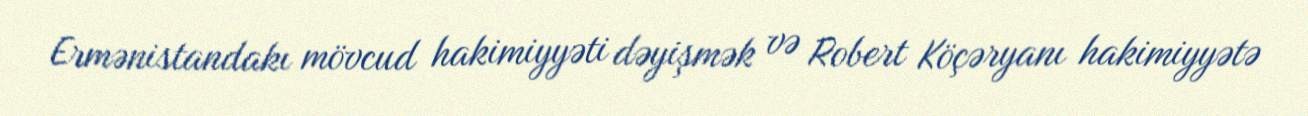
Ermənistandakı mövcud hakimiyyəti dəyişmək və Robert Köçəryanı hakimiyyətə